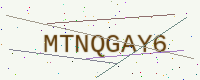
Text: MTNQGAY6